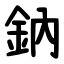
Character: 鈉